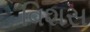
વિશસ